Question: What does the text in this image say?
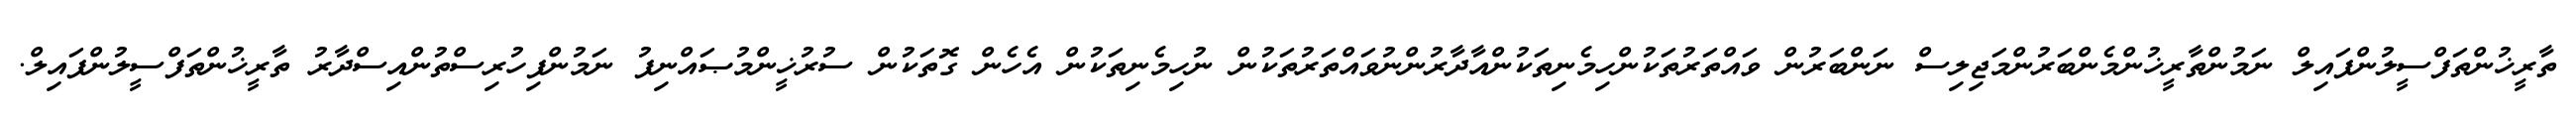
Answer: ތާރީޚުންތަފްސީލުންފައިލް ނަމުންތާރީޚުންމެންބަރުންމަޖިލިސް ނަންބަރުން ވައްތަރުތަކުންހިމެނިތަކުންއާދާރުންނުވައްތަރުތަކުން ނުހިމެނިތަކުން އެހެން ގޮތަކުން ސުރުޚީންމުޞައްނިފު ނަމުންފިހުރިސްތުންއިސްދާރު ތާރީޚުންތަފްސީލުންފައިލް.